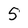
Character: 5